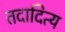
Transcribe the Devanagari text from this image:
तदादित्य